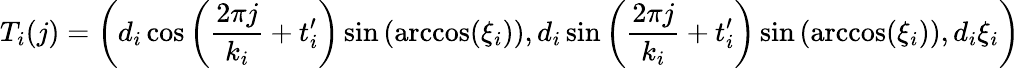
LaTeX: T_{i}(j)=\left(d_{i}\cos\left(\frac{2\pi j}{k_{i}}+t_{i}^{\prime}\right)\sin\left(\operatorname{arccos}(\xi_{i})\right),d_{i}\sin\left(\frac{2\pi j}{k_{i}}+t_{i}^{\prime}\right)\sin\left(\operatorname{arccos}(\xi_{i})\right),d_{i}\xi_{i}\right)